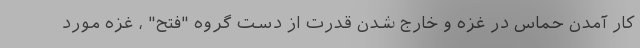
کار آمدن حماس در غزه و خارج شدن قدرت از دست گروه "فتح" ، غزه مورد